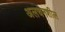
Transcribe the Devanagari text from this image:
अलचनशील